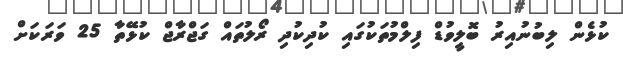
ކުޅެން ލިބުނުއިރު ބޮލީވުޑް ފިލްމުތަކުގައި ކުދިކުދި ރޯލުތައް ގަޖްރާޖް ކުޅޭތާ 25 ވަރަކަށް